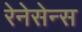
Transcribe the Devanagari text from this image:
रेनेसेन्स